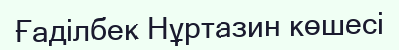
Ғаділбек Нұртазин көшесі